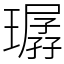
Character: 㻵